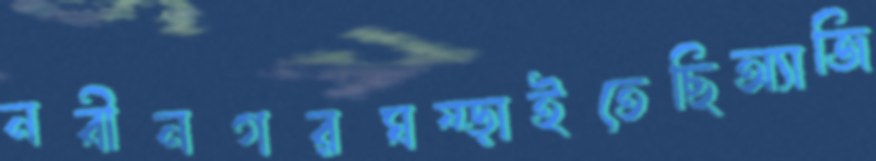
নবীনগরঘষ্‌ড়াইতেছিঅ্যাজি